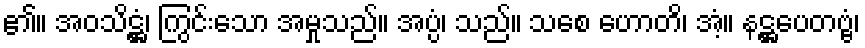
၏။ အဝသိဋ္ဌံ၊ ကြွင်းသော အမှုသည်။ အပ္ပံ၊ သည်။ သစေ ဟောတိ၊ အံ့။ နဋ္ဌပေတဗ္ဗံ၊